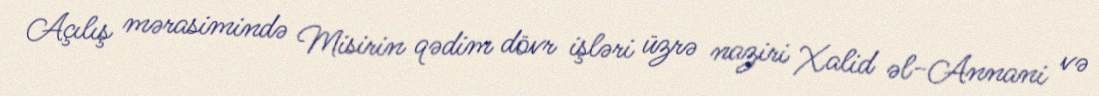
Açılış mərasimində Misirin qədim dövr işləri üzrə naziri Xalid əl-Annani və